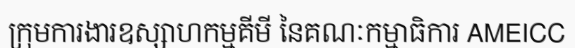
ក្រុមការងារឧស្សាហកម្មគីមី នៃគណៈកម្មាធិការ AMEICC